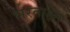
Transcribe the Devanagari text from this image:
भरताहेत